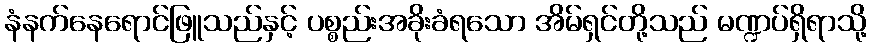
နံနက်နေရောင်ဖြူသည်နှင့် ပစ္စည်းအခိုးခံရသော အိမ်ရှင်တို့သည် မဏ္ဍပ်ရှိရာသို့